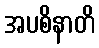
အပစိနာတိ